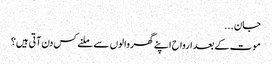
جان ...
موت کے بعد ارواح اپنے گھر والوں سے ملنے کس دن آتی ہیں؟